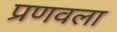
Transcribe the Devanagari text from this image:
प्रणवला